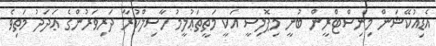
އެޑިއުކޭޝަން މިނިސްޓްރީން ބުނީ މިޕޮލިސީ އަކީ މަތީތަޢުލީމު ހާސިލްކުރާ ދަރިވަރުންގެ ޢަދަދު މަތިވެ